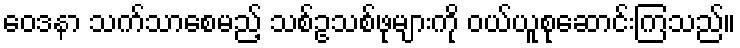
ဝေဒနာ သက်သာစေမည့် သစ်ဥသစ်ဖုများကို ဝယ်ယူစုဆောင်းကြသည်။